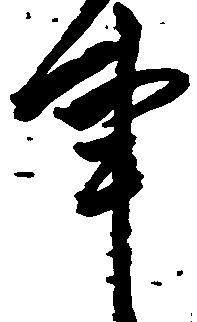
事